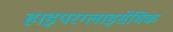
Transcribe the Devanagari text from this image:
हाइपरग्लाइसेमिक